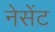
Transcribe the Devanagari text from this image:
नेसेंट